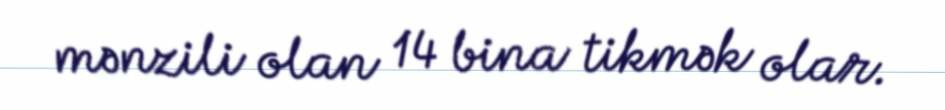
mənzili olan 14 bina tikmək olar.